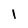
Character: 1